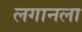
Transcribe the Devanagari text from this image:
लगानला